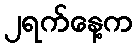
၂ရက်နေ့က